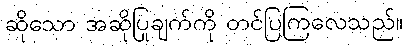
ဆိုသော အဆိုပြုချက်ကို တင်ပြကြလေသည်။